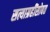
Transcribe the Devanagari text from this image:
सत्याग्रहींसोबत